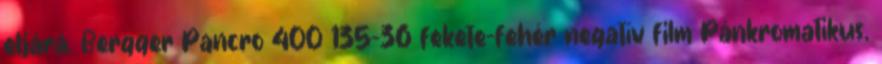
eljárá. Bergger Pancro 400 135-36 fekete-fehér negatív film Pánkromatikus,